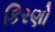
કિરણો